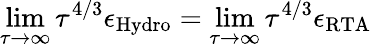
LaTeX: \operatorname*{lim}_{\tau\rightarrow\infty}\tau^{4/3}\epsilon_{\mathrm{Hydro}}=\operatorname*{lim}_{\tau\rightarrow\infty}\tau^{4/3}\epsilon_{\mathrm{RTA}}